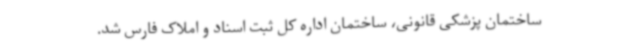
ساختمان پزشکی قانونی، ساختمان اداره کل ثبت اسناد و املاک فارس شد.